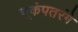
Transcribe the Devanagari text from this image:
भूकंपतरंगे